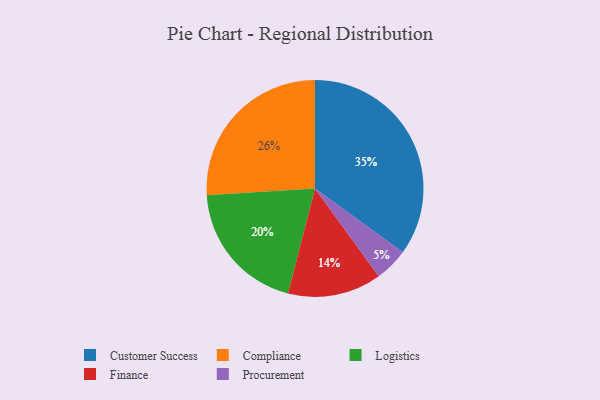
{"axis": {"x": "Category", "y": "Percentage"}, "legend": ["Compliance", "Customer Success", "Finance", "Logistics", "Procurement"], "data": [{"x": "Finance", "y": 14, "type": "Finance"}, {"x": "Customer Success", "y": 35, "type": "Customer Success"}, {"x": "Compliance", "y": 26, "type": "Compliance"}, {"x": "Procurement", "y": 5, "type": "Procurement"}, {"x": "Logistics", "y": 20, "type": "Logistics"}]}